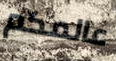
عالمكم